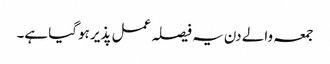
جمعہ والے دن یہ فیصلہ عمل پذیر ہوگیا ہے۔